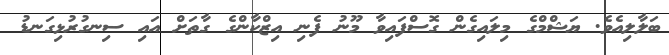
ބަލާލިއެވެ. ޔަޝްމްގެ މިލައިގެން ގޮސްފައިވާ މޫނު ފެނި އިޒްކާންގެ ގާތަށް އައި ސިނގުރުޅިގަނޑު